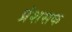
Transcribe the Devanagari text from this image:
प्रंशसक